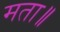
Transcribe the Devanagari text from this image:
मता॥